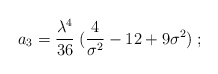
\begin{align*}a_3 = {\lambda^4 \over 36}\; ({4\over \sigma^2} - 12 + 9\sigma^2)\;;\end{align*}